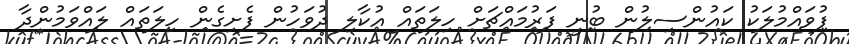
ފުވައްމުލަކު ކައުންސިލުން ބުނީ ފަރުމައްޗަށް ހިލަތައް އުކާލި ދުވަހުން ފެށިގެން ހިލަތައް ލައްވަމުންދާ